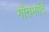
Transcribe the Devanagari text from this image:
गौतमादि